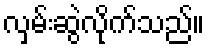
လှမ်းဆွဲလိုက်သည်။